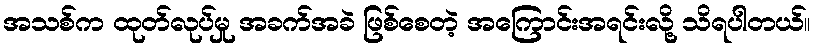
အသစ်က ထုတ်လုပ်မှု အခက်အခဲ ဖြစ်စေတဲ့ အကြောင်းအရင်းလို့ သိရပါတယ်။